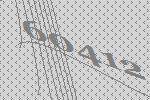
60412